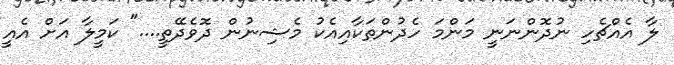
ލާ އެއްޗެހި ނުދޮންނަނީ މަންމަ ހެދުންތަކާއިއެކު މެޝިނުން ދޮވެދޭތީ...." ކަމީލާ އަށް އެއީ